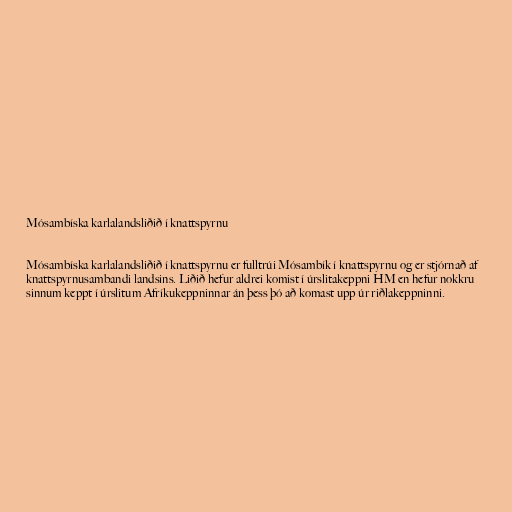
Mósambíska karlalandsliðið í knattspyrnu

Mósambíska karlalandsliðið í knattspyrnu er fulltrúi Mósambík í knattspyrnu og er stjórnað af
knattspyrnusambandi landsins. Liðið hefur aldrei komist í úrslitakeppni HM en hefur nokkru
sinnum keppt í úrslitum Afríkukeppninnar án þess þó að komast upp úr riðlakeppninni.